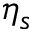
\eta _ { s }